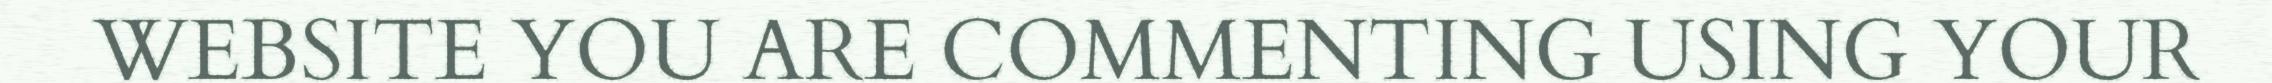
WEBSITE YOU ARE COMMENTING USING YOUR